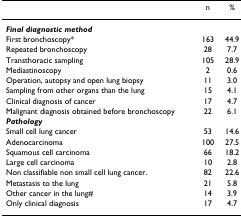
<table><thead><tr><td>[EMPTY_CELL]</td><td><b>n</b></td><td><b>%</b></td></tr></thead><tbody><tr><td><b><i>Final diagnostic method</i></b></td><td>[EMPTY_CELL]</td><td>[EMPTY_CELL]</td></tr><tr><td>First bronchoscopy*</td><td>163</td><td>44.9</td></tr><tr><td>Repeated bronchoscopy</td><td>28</td><td>7.7</td></tr><tr><td>Transthoracic sampling</td><td>105</td><td>28.9</td></tr><tr><td>Mediastinoscopy</td><td>2</td><td>0.6</td></tr><tr><td>Operation, autopsy and open lung biopsy</td><td>11</td><td>3.0</td></tr><tr><td>Sampling from other organs than the lung</td><td>15</td><td>4.1</td></tr><tr><td>Clinical diagnosis of cancer</td><td>17</td><td>4.7</td></tr><tr><td>Malignant diagnosis obtained before bronchoscopy</td><td>22</td><td>6.1</td></tr><tr><td><b><i>Pathology</i></b></td><td>[EMPTY_CELL]</td><td>[EMPTY_CELL]</td></tr><tr><td>Small cell lung cancer</td><td>53</td><td>14.6</td></tr><tr><td>Adenocarcinoma</td><td>100</td><td>27.5</td></tr><tr><td>Squamous cell carcinoma</td><td>66</td><td>18.2</td></tr><tr><td>Large cell carcinoma</td><td>10</td><td>2.8</td></tr><tr><td>Non classifiable non small cell lung cancer.</td><td>82</td><td>22.6</td></tr><tr><td>Metastasis to the lung</td><td>21</td><td>5.8</td></tr><tr><td>Other cancer in the lung#</td><td>14</td><td>3.9</td></tr><tr><td>Only clinical diagnosis</td><td>17</td><td>4.7</td></tr></tbody></table>